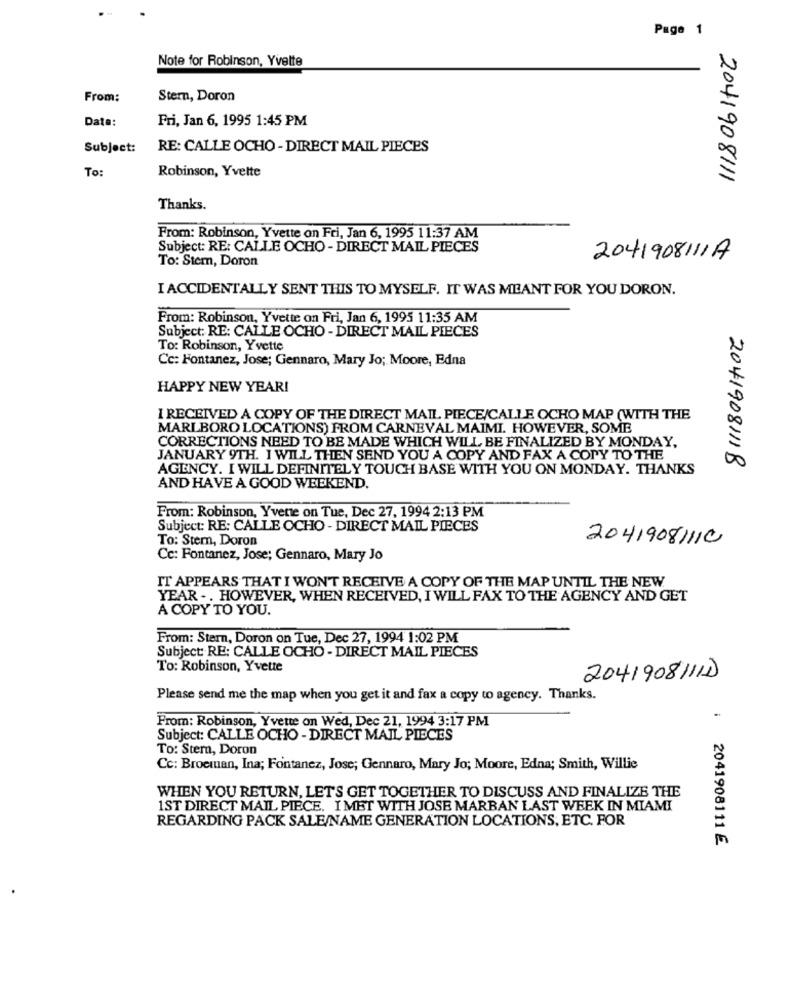
Page 1
Note for Robinson, Yvelte
From:
Stern, Doron
Data:
Fri, Jan 6, 1995 1:45 PM
Subject:
RE: CALLE OCHO - DIRECT MAIL PIECES
To:
Robinson, Yvette
2041908111
Thanks.
From: Robinson, Yvette on Fri, Jan 6, 1995 11:37 AM
Subject: RE: CALLE OCHO - DIRECT MAIL PIECES
To: Stem, Doron
2041908111A
I ACCIDENTALLY SENT THIS TO MYSELF. IT WAS MEANT FOR YOU DORON.
From: Robinson, Yvette on Fri, Jan 6, 1995 11:35 AM
Subject: RE: CALLE OCHO - DIRECT MAIL PIECES
To: Robinson, Yvette
Cc: Fontanez, Jose; Gennaro, Mary Jo; Moore, Edna
HAPPY NEW YEAR!
I RECEIVED A COPY OF THE DIRECT MAIL PIECE/CALLE OCHO MAP (WITH THE
MARLBORO LOCATIONS) FROM CARNEVAL MAIMI. HOWEVER, SOME
CORRECTIONS NEED TO BE MADE WHICH WILL BE FINALIZED BY MONDAY,
JANUARY 9TH. I WILL THEN SEND YOU A COPY AND FAX A COPY TO THE
AGENCY. I WILL DEFINITELY TOUCH BASE WITH YOU ON MONDAY. THANKS
2041908111B
AND HAVE A GOOD WEEKEND.
From: Robinson, Yvente on Tue, Dec 27, 1994 2:13 PM
Subject: RE: CALLE OCHO - DIRECT MAIL PIECES
To: Stern, Doron
20419081110
Cc: Fontanez, Jose; Gennaro, Mary Jo
IT APPEARS THAT I WON'T RECEIVE A COPY OF THE MAP UNTIL THE NEW.
YEAR .. HOWEVER, WHEN RECEIVED, I WILL FAX TO THE AGENCY AND GET
A COPY TO YOU.
From: Stern, Doron on Tue, Dec 27, 1994 1:02 PM
Subject: RE: CALLE OCHO - DIRECT MAIL PIECES
To: Robinson, Yvette
2041908111D
Please send me the map when you get it and fax a copy to agency. Thanks.
From: Robinson, Yvette on Wed, Dec 21, 1994 3:17 PM
Subject: CALLE OCHO - DIRECT MAIL PIECES
To: Stern, Doron
Cc: Broeman, Ina; Fontanez, Jose; Gennaro, Mary Jo; Moore, Edna; Smith, Willie
WHEN YOU RETURN, LET'S GET TOGETHER TO DISCUSS AND FINALIZE THE
1ST DIRECT MAIL PIECE. I MET WITH JOSE MARBAN LAST WEEK IN MIAMI
REGARDING PACK SALE/NAME GENERATION LOCATIONS, ETC. FOR
2041908111 6